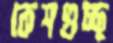
কেশগুচ্ছ